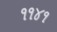
૧૧૪૧